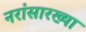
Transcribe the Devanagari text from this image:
नरांसारख्या